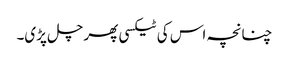
چنانچہ اس کی ٹیکسی پھر چل پڑی۔